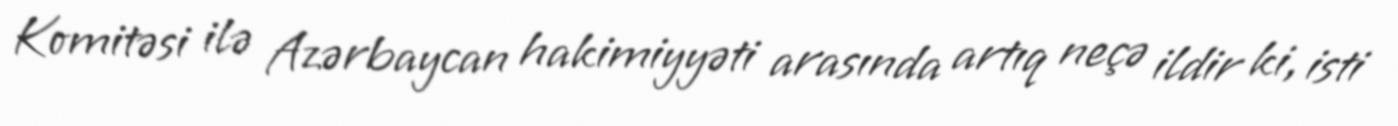
Komitəsi ilə Azərbaycan hakimiyyəti arasında artıq neçə ildir ki, isti